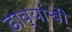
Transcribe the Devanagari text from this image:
डाव्यांची